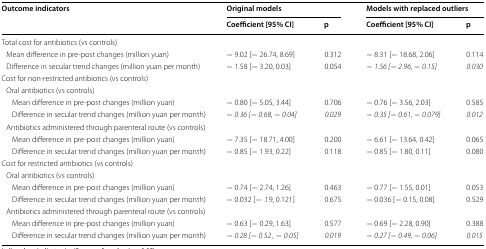
<table><thead><tr><td rowspan="2"><b>Outcome indicators</b></td><td colspan="2"><b>Original models</b></td><td colspan="2"><b>Models with replaced outliers</b></td></tr><tr><td><b>Coefficient [95% CI]</b></td><td><b>p</b></td><td><b>Coefficient [95% CI]</b></td><td><b>p</b></td></tr></thead><tbody><tr><td>Total cost for antibiotics (vs controls)</td><td></td><td></td><td></td><td></td></tr><tr><td> Mean difference in pre-post changes (million yuan)</td><td>− 9.02 [− 26.74, 8.69]</td><td>0.312</td><td>− 8.31 [− 18.68, 2.06]</td><td>0.114</td></tr><tr><td> Difference in secular trend changes (million yuan per month)</td><td>− 1.58 [− 3.20, 0.03]</td><td>0.054</td><td>− <i>1.56 [</i>− <i>2.96,</i> − <i>0.15]</i></td><td><i>0.030</i></td></tr><tr><td>Cost for non-restricted antibiotics (vs controls)</td><td></td><td></td><td></td><td></td></tr><tr><td> Oral antibiotics (vs controls)</td><td></td><td></td><td></td><td></td></tr><tr><td>Mean difference in pre-post changes (million yuan)</td><td>− 0.80 [− 5.05, 3.44]</td><td>0.706</td><td>− 0.76 [− 3.56, 2.03]</td><td>0.585</td></tr><tr><td>Difference in secular trend changes (million yuan per month)</td><td>− <i>0.36 [</i>− <i>0.68, </i>− <i>0.04]</i></td><td><i>0.029</i></td><td>− <i>0.35 [</i>− <i>0.61,</i> − <i>0.079]</i></td><td><i>0.012</i></td></tr><tr><td> Antibiotics administered through parenteral route (vs controls)</td><td></td><td></td><td></td><td></td></tr><tr><td>Mean difference in pre-post changes (million yuan)</td><td>− 7.35 [− 18.71, 4.00]</td><td>0.200</td><td>− 6.61 [− 13.64, 0.42]</td><td>0.065</td></tr><tr><td>Difference in secular trend changes (million yuan per month)</td><td>− 0.85 [− 1.93, 0.22]</td><td>0.118</td><td>− 0.85 [− 1.80, 0.11]</td><td>0.080</td></tr><tr><td>Cost for restricted antibiotics (vs controls)</td><td></td><td></td><td></td><td></td></tr><tr><td> Oral antibiotics (vs controls)</td><td></td><td></td><td></td><td></td></tr><tr><td>Mean difference in pre-post changes (million yuan)</td><td>− 0.74 [− 2.74, 1.26]</td><td>0.463</td><td>− 0.77 [− 1.55, 0.01]</td><td>0.053</td></tr><tr><td>Difference in secular trend changes (million yuan per month)</td><td>− 0.032 [− .19, 0.121]</td><td>0.675</td><td>− 0.036 [− 0.15, 0.08]</td><td>0.529</td></tr><tr><td> Antibiotics administered through parenteral route (vs controls)</td><td></td><td></td><td></td><td></td></tr><tr><td>Mean difference in pre-post changes (million yuan)</td><td>− 0.63 [− 0.29, 1.63]</td><td>0.577</td><td>− 0.69 [− 2.28, 0.90]</td><td>0.388</td></tr><tr><td>Difference in secular trend changes (million yuan per month)</td><td>− <i>0.28 [</i>− <i>0.52 ,</i> − <i>0.05]</i></td><td><i>0.019</i></td><td>− <i>0.27 [</i>− <i>0.49,</i> − <i>0.06]</i></td><td><i>0.015</i></td></tr></tbody></table>